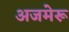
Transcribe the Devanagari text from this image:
अजमेरू